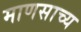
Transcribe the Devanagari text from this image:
माणसाच्य